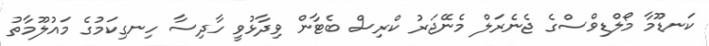
ކަނޑޫމާ މޯލްޑިވްސްގެ ޖެނެރަލް މެނޭޖަރު ކްރިސް ބެޓާން ވިދާޅުވީ ހާދިސާ ހިނގިކަމުގެ މައުލޫމާތު